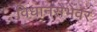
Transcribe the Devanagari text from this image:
विधानसेभेवर